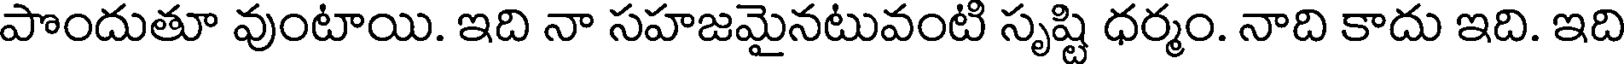
పొందుతూ వుంటాయి. ఇది నా సహజమైనటువంటి సృష్టి ధర్మం. నాది కాదు ఇది. ఇది